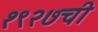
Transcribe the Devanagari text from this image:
१९२७ची